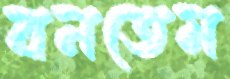
বনতেম